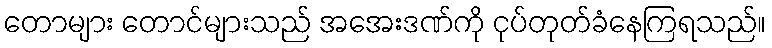
တောများ တောင်များသည် အအေးဒဏ်ကို ငုပ်တုတ်ခံနေကြရသည်။